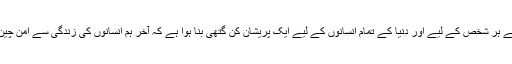
آج یہ سوال آپ میں سے ہر شخص کے لیے اور دنیا کے تمام انسانوں کے لیے ایک پریشان کن گتھی بنا ہوا ہے کہ آخر ہم انسانوں کی زندگی سے امن چین کیوں رخصت ہوگیا؟